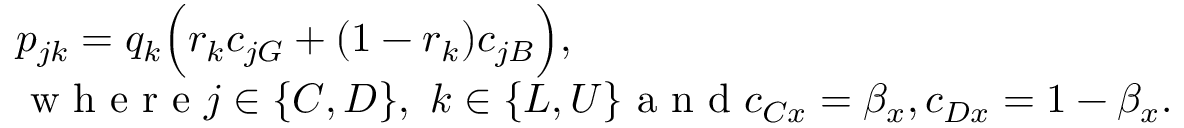
\begin{array} { l } { p _ { j k } = q _ { k } \Big ( r _ { k } c _ { j G } + ( 1 - r _ { k } ) c _ { j B } \Big ) , } \\ { \mathrm { ~ w ~ h ~ e ~ r ~ e ~ } j \in \{ C , D \} , \ k \in \{ L , U \} \mathrm { ~ a ~ n ~ d ~ } c _ { C x } = \beta _ { x } , c _ { D x } = 1 - \beta _ { x } . } \end{array}